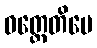
ဝတ္တေတိပေ